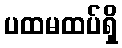
ပထမထပ်ရှိ